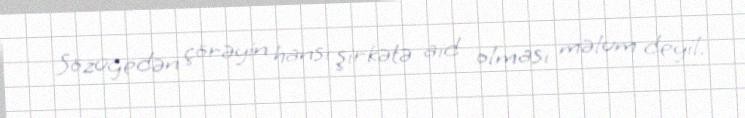
Sözügedən çörəyin hansı şirkətə aid olması məlum deyil.